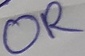
Text: OR